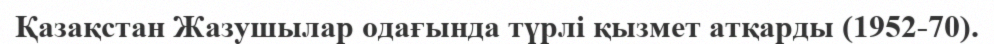
Қазақстан Жазушылар одағында түрлі қызмет атқарды (1952-70).